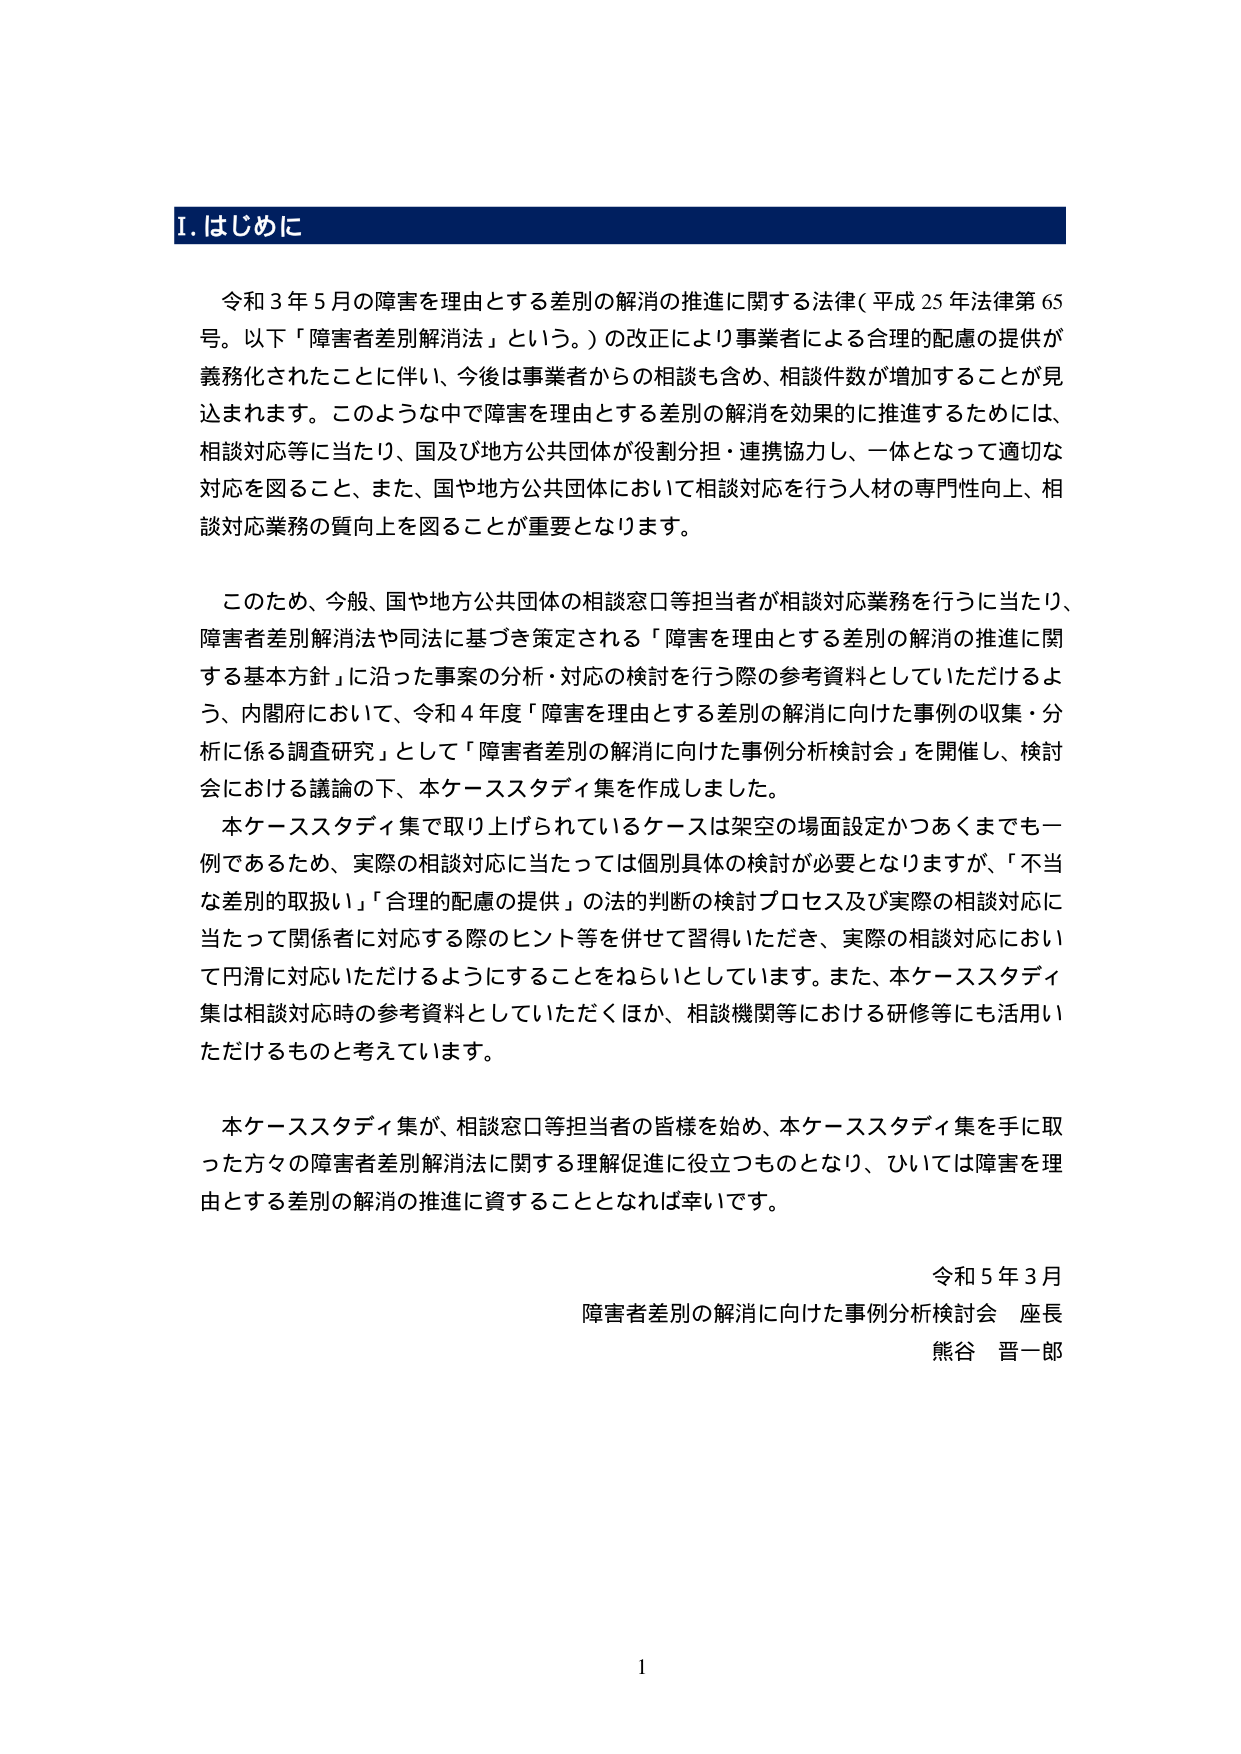
I. はじめに

令和３年５月の障害を理由とする差別の解消の推進に関する法律（平成25年法律第65号。以下「障害者差別解消法」という。）の改正により事業者による合理的配慮の提供が義務化されたことに伴い、今後は事業者からの相談も含め、相談件数が増加することが見込まれます。このような中で障害を理由とする差別の解消を効果的に推進するためには、相談対応等に当たり、国及び地方公共団体が役割分担・連携協力し、一体となって適切な対応を図ること、また、国や地方公共団体において相談対応を行う人材の専門性向上、相談対応業務の質向上を図ることが重要となります。

このため、今般、国や地方公共団体の相談窓口等担当者が相談対応業務を行うに当たり、障害者差別解消法や同法に基づき策定される「障害を理由とする差別の解消の推進に関する基本方針」に沿った事案の分析・対応の検討を行う際の参考資料としていただけるよう、内閣府において、令和４年度「障害を理由とする差別の解消に向けた事例の収集・分析に係る調査研究」として「障害者差別の解消に向けた事例分析検討会」を開催し、検討会における議論の下、本ケーススタディ集を作成しました。

本ケーススタディ集で取り上げられているケースは架空の場面設定かつあくまでも一例であるため、実際の相談対応に当たっては個別具体的な検討が必要となりますが、「不当な差別的取扱い」「合理的配慮の提供」の法的判断の検討プロセス及び実際の相談対応に当たって関係者に対応する際のヒント等を併せて習得いただき、実際の相談対応において円滑に対応いただけるようにすることをねらいとしています。また、本ケーススタディ集は相談対応時の参考資料としていただくほか、相談機関等における研修等にも活用いただけるものと考えています。

本ケーススタディ集が、相談窓口等担当者の皆様を始め、本ケーススタディ集を手に取った方々の障害者差別解消法に関する理解促進に役立つものとなり、ひいては障害を理由とする差別の解消の推進に資することとなれば幸いです。

令和５年３月
障害者差別の解消に向けた事例分析検討会 座長
熊谷 晋一郎

1